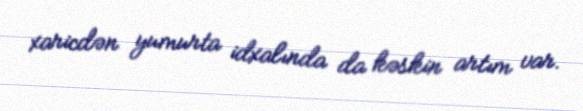
xaricdən yumurta idxalında da kəskin artım var.